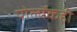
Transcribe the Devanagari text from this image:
पोलॉकही